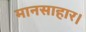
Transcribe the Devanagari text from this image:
मानसाहार।